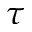
\tau